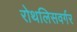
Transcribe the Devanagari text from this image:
रोथलिसवर्गर